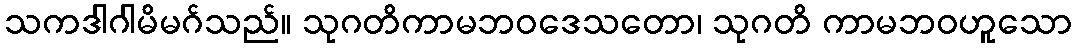
သကဒါဂါမိမဂ်သည်။ သုဂတိကာမဘဝဒေသတော၊ သုဂတိ ကာမဘဝဟူသော